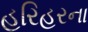
હરિહરના